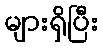
များရှိပြီး